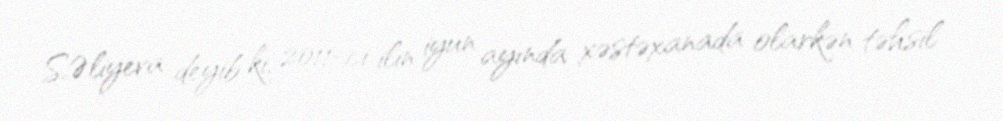
S.Əliyeva deyib ki, 2011-ci ilin iyun ayında xəstəxanada olarkən təhsil